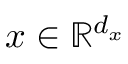
\boldsymbol { x } \in \mathbb { R } ^ { d _ { x } }